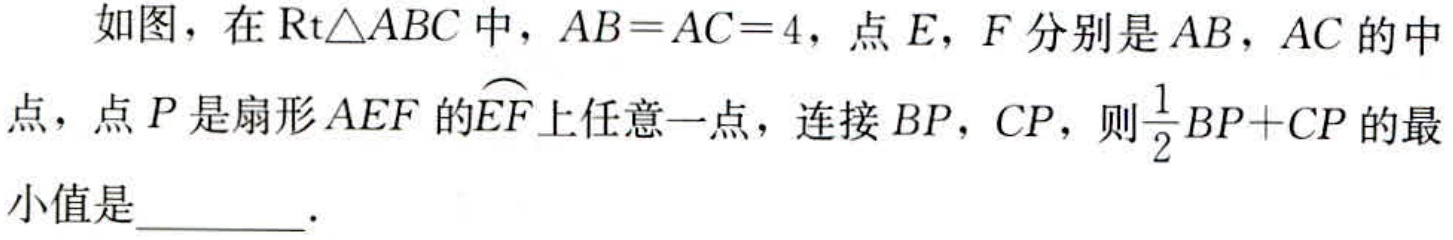
如图，在$\text{Rt}\triangle ABC$中，$AB = AC = 4$，点$E$，$F$分别是$AB$，$AC$的中点，点$P$是扇形$AEF$的$\overset{\frown}{EF}$上任意一点，连接$BP$，$CP$，则$\dfrac{1}{2}BP + CP$的最小值是________．